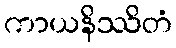
ကာယနိဿိတံ